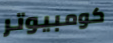
كومبيوتر